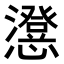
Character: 𭟕